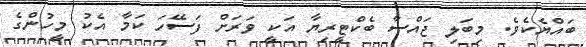
ބައްޔެކެވެ. މިބަލި ޖައްސާ ބެކްޓީރިޔާ އަކީ ވަރަށް ފަސޭހަ ކަމާ އެކު މީހުންގެ